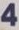
4